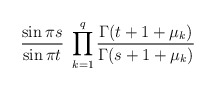
\begin{align*} \frac{\sin \pi s}{\sin \pi t} \ \prod_{k=1}^q \frac{\Gamma(t+1+\mu_k)}{\Gamma(s+1+\mu_k)} \end{align*}